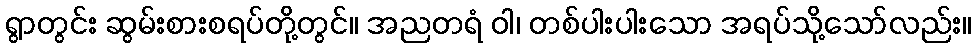
ရွာတွင်း ဆွမ်းစားစရပ်တို့တွင်။ အညတရံ ဝါ၊ တစ်ပါးပါးသော အရပ်သို့သော်လည်း။